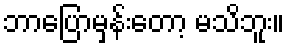
ဘာပြောမှန်းတော့ မသိဘူး။